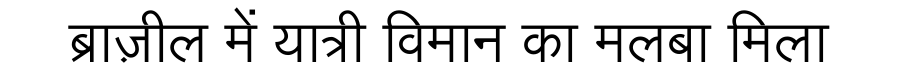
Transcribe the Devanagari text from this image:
ब्राज़ील में यात्री विमान का मलबा मिला